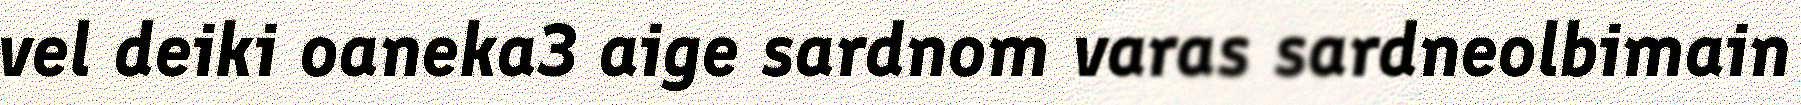
vel deiki oaneka3 aige sardnom varas sardneolbimain